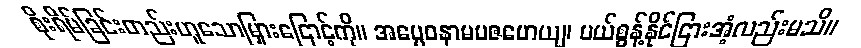
စိုးရိမ်ခြင်းတည်းဟူသောမြှားငြောင့်ကို။ အပ္ပေဝနာမပဇဟေယျ၊ ပယ်စွန့်နိုင်ငြားအံ့လည်းမသိ။